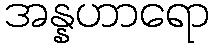
အန္နဟာရော